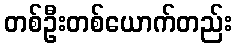
တစ်ဦးတစ်ယောက်တည်း